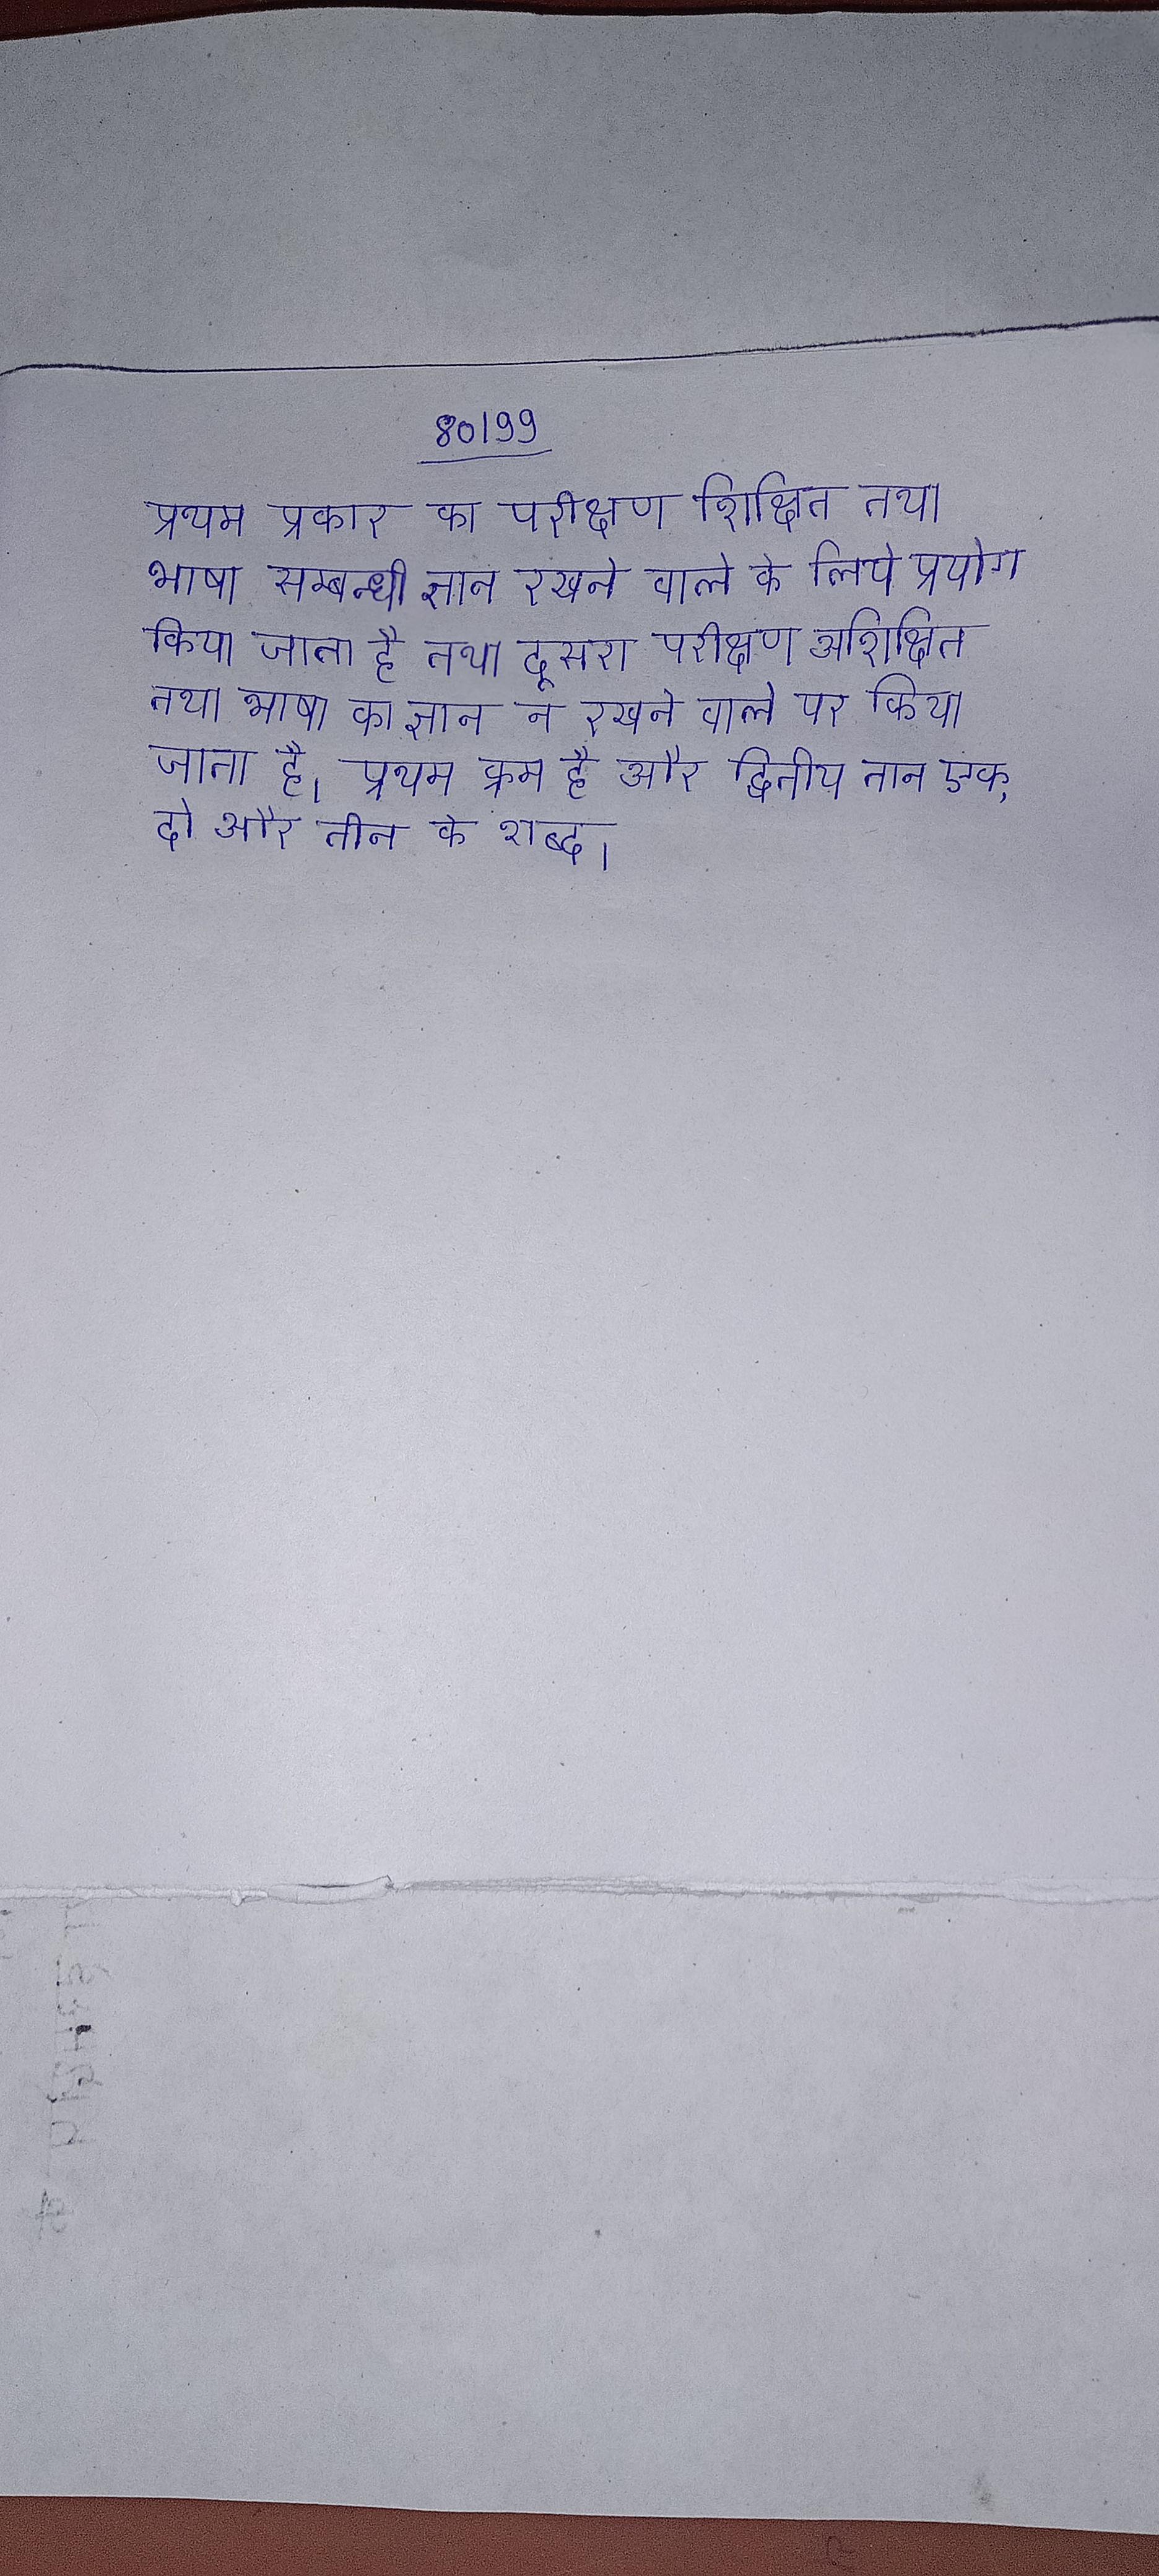
प्रथम प्रकार का परीक्षण शिक्षित तथा भाषा सम्बन्धी ज्ञान रखने वाले के लिये प्रयोग किया जाता है तथा दूसरा परीक्षण अशिक्षित तथा भाषा का ज्ञान न रखने वाले पर किया जाता है । प्रथम क्रम है और द्वितीय तान एक, दो और तीन के शब्द ।